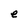
Character: e